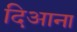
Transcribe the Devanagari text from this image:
दिआना